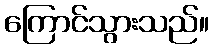
ကြောင်သွားသည်။